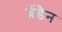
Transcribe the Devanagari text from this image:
ब्रेंडैन